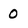
Character: 0